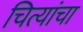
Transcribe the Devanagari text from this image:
चित्यांचा